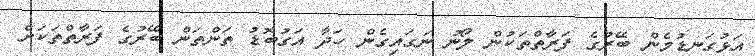
އަޅުގަނޑުމެން ބޭރުގެ ފަރާތްތަކުން ލޯނު ނަގައިގެން ހަދާ އަގުބޮޑު ތަންތަން ބޭރުގެ ފަރާތްތަކަށް